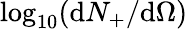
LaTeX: \log_{10}(\mathrm{{d}}N_{+}/\mathrm{{d}}\Omega)